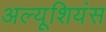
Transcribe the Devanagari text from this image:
अल्यूशियंस